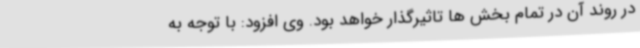
در روند آن در تمام بخش ها تاثیرگذار خواهد بود. وی افزود: با توجه به